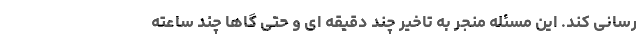
رسانی کند. این مسئله منجر به تاخیر چند دقیقه ای و حتی گاها چند ساعته